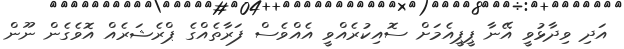
އަދި ވިދާޅުވީ އޭނާ ޕީޕީއެމަށް ސޮއިކުރެއްވީ އެއްވެސް ފަރާތެއްގެ ޕްރެޝަރެއް އޮވެގެން ނޫން